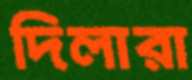
দিলারা